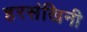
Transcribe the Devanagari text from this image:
हरसंखिनी